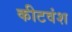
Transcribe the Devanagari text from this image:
कीटवंश